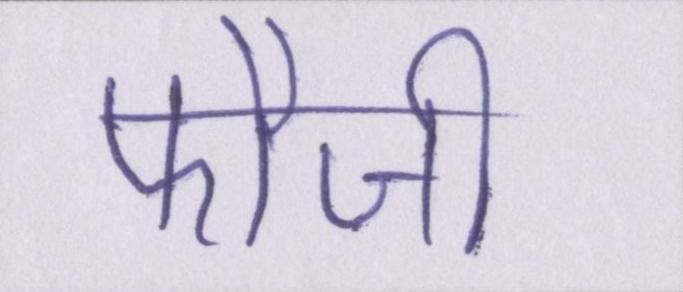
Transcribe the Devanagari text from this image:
फौजी